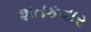
શતકવાર